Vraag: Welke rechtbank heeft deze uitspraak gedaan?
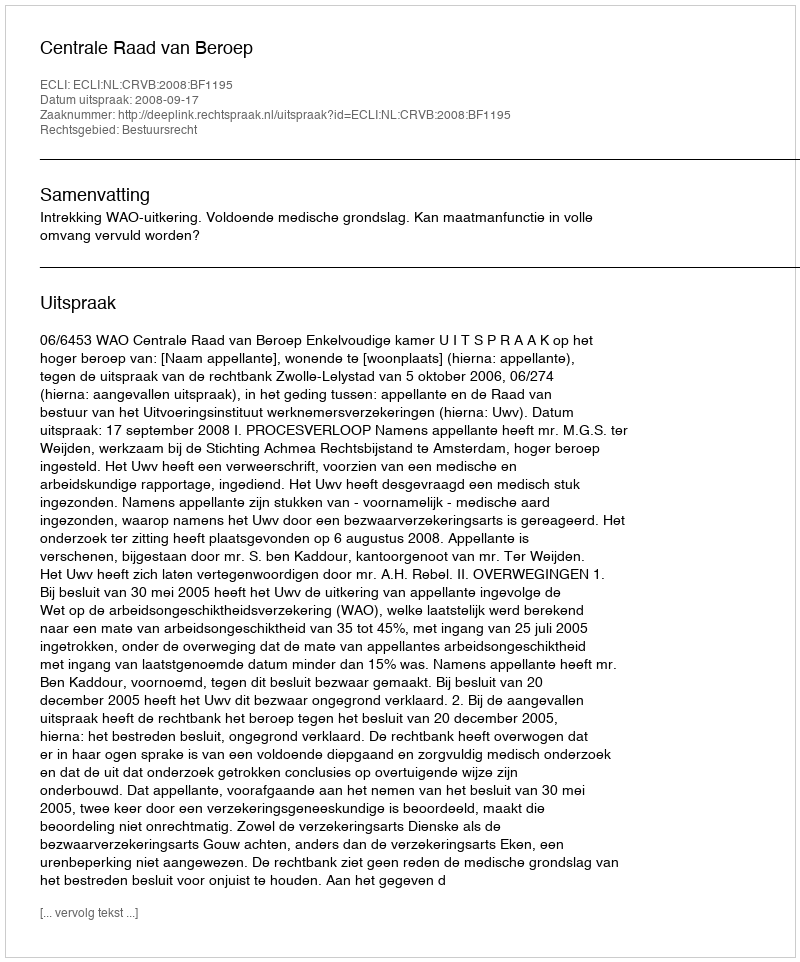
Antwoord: Centrale Raad van Beroep